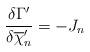
LaTeX: \begin{align*}\frac{\delta \Gamma'}{\delta \overline{\chi}'_n}=-J_n\end{align*}